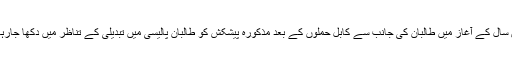
رواں سال کے آغاز میں طالبان کی جانب سے کابل حملوں کے بعد مذکورہ پیشکش کو طالبان پالیسی میں تبدیلی کے تناظر میں دکھا جارہا تھا۔